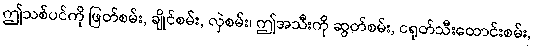
ဤသစ်ပင်ကို ဖြတ်စမ်း, ချိုင်စမ်း, လှဲစမ်း၊ ဤအသီးကို ဆွတ်စမ်း, ငရုတ်သီးထောင်းစမ်း,